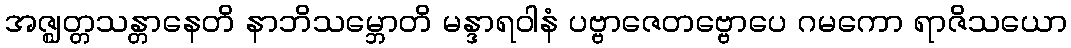
အဇ္ဈတ္တသန္တာနေတိ နာဘိသမ္ဘောတိ မန္ဒာရဝါနံ ပဗ္ဗာဇေတဗ္ဗောပေ ဂမကော ရာဇိသယော